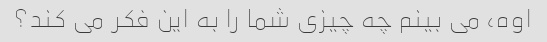
اوه، می بینم چه چیزی شما را به این فکر می کند؟